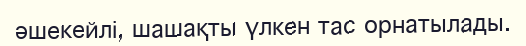
әшекейлі, шашақты үлкен тас орнатылады.